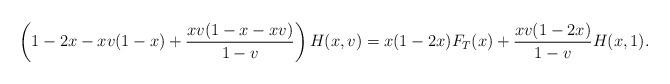
LaTeX: \begin{align*}\left(1-2x-xv(1-x)+\frac{xv(1-x-xv)}{1-v}\right)H(x,v)=x(1-2x)F_T(x)+\frac{xv(1-2x)}{1-v}H(x,1).\end{align*}